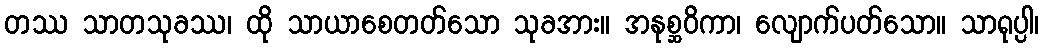
တဿ သာတသုခဿ၊ ထို သာယာစေတတ်သော သုခအား။ အနုစ္ဆဝိကာ၊ လျောက်ပတ်သော။ သာရုပ္ပါ၊